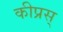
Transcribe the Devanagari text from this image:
कीप्रस्